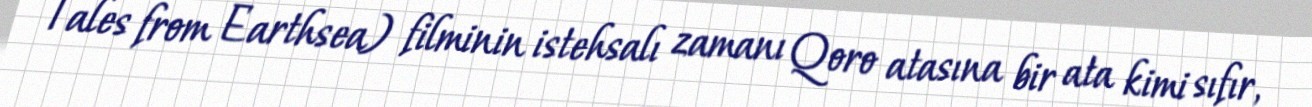
Tales from Earthsea) filminin istehsalı zamanı Qoro atasına bir ata kimi sıfır,